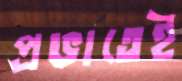
প্রভাতেই